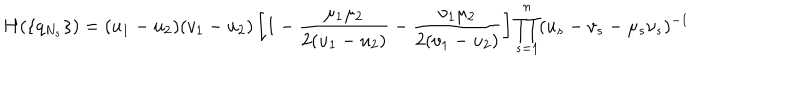
H ( \{ q _ { N _ { s } } \} ) = ( u _ { 1 } - u _ { 2 } ) ( v _ { 1 } - u _ { 2 } ) \left[ 1 - \frac { \mu _ { 1 } \mu _ { 2 } } { 2 ( u _ { 1 } - u _ { 2 } ) } - \frac { \nu _ { 1 } \mu _ { 2 } } { 2 ( v _ { 1 } - u _ { 2 } ) } \right] \prod _ { s = 1 } ^ { n } ( u _ { s } - v _ { s } - \mu _ { s } \nu _ { s } ) ^ { - 1 }